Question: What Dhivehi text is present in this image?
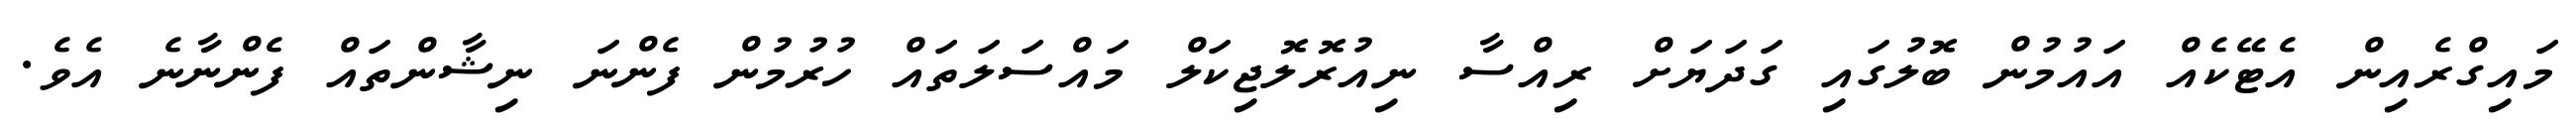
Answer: މައިގްރެއިން އެޓޭކެއް އައުމުން ބޮލުގައި ގަދަޔަށް ރިއްސާ ނިއުރޮލޮޖިކަލް މައްސަލަތައް ހުރުމުން ފެންނަ ނިޝާންތައް ފެންނާނެ އެވެ.